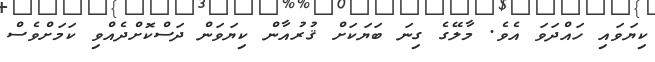
ކިޔަވައި ހައްދަވަ އެވެ. މާލޭގެ ގިނަ ބަޔަކަށް ޤުރުއާން ކިޔަވަން ދަސްކޮށްދެއްވި ކަމަށްވެސް